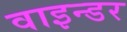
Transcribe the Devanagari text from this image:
वाइन्डर